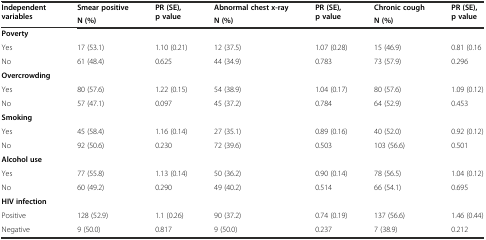
| <ROWSPAN=2> Independent variables | Smear positive | <ROWSPAN=2> PR (SE), p value | Abnormal chest x-ray | <ROWSPAN=2> PR (SE), p value | Chronic cough | <ROWSPAN=2> PR (SE), p value |
 | N (%) | N (%) | N (%) |
 | --- | --- | --- | --- | --- | --- | --- |
 | Poverty |  |  |  |  |  |  |
 | Yes | 17 (53.1) | 1.10 (0.21) | 12 (37.5) | 1.07 (0.28) | 15 (46.9) | 0.81 (0.16 |
 | No | 61 (48.4) | 0.625 | 44 (34.9) | 0.783 | 73 (57.9) | 0.296 |
 | Overcrowding |  |  |  |  |  |  |
 | Yes | 80 (57.6) | 1.22 (0.15) | 54 (38.9) | 1.04 (0.17) | 80 (57.6) | 1.09 (0.12) |
 | No | 57 (47.1) | 0.097 | 45 (37.2) | 0.784 | 64 (52.9) | 0.453 |
 | Smoking |  |  |  |  |  |  |
 | Yes | 45 (58.4) | 1.16 (0.14) | 27 (35.1) | 0.89 (0.16) | 40 (52.0) | 0.92 (0.12) |
 | No | 92 (50.6) | 0.230 | 72 (39.6) | 0.503 | 103 (56.6) | 0.501 |
 | Alcohol use |  |  |  |  |  |  |
 | Yes | 77 (55.8) | 1.13 (0.14) | 50 (36.2) | 0.90 (0.14) | 78 (56.5) | 1.04 (0.12) |
 | No | 60 (49.2) | 0.290 | 49 (40.2) | 0.514 | 66 (54.1) | 0.695 |
 | HIV infection |  |  |  |  |  |  |
 | Positive | 128 (52.9) | 1.1 (0.26) | 90 (37.2) | 0.74 (0.19) | 137 (56.6) | 1.46 (0.44) |
 | Negative | 9 (50.0) | 0.817 | 9 (50.0) | 0.237 | 7 (38.9) | 0.212 |